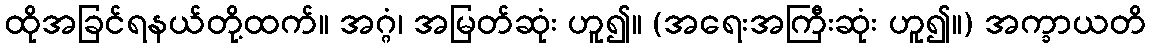
ထိုအခြင်ရနယ်တို့ထက်။ အဂ္ဂံ၊ အမြတ်ဆုံး ဟူ၍။ (အရေးအကြီးဆုံး ဟူ၍။) အက္ခာယတိ